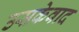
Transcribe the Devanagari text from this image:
उसकेवाद